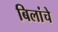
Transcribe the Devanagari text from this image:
बिलांचे